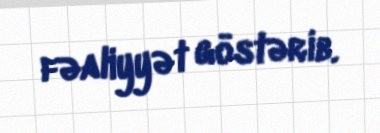
fəaliyyət göstərib.